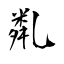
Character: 亃